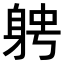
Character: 𨉂